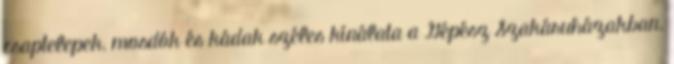
csaptelepek, mosdók és kádak széles kínálata a Gépész Szakáruházakban.